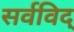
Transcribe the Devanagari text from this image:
सर्वविद्